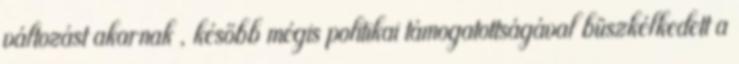
változást akarnak , később mégis politikai támogatottságával büszkélkedett a